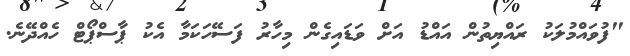
"ފުވައްމުލަކު ރައްޔިތުން އައްޑު އަށް ވަޑައިގެން މިހާރު ފަސޭހަކަމާ އެކު ޕާސްޕޯޓް ހެއްދޭނެ.